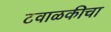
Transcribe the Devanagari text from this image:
टवाळकीचा